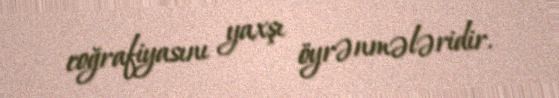
coğrafiyasını yaxşı öyrənmələridir.